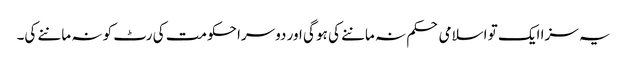
یہ سزا ایک تو اسلامی حکم نہ ماننے کی ہو گی اور دوسرا حکومت کی رٹ کو نہ ماننے کی۔